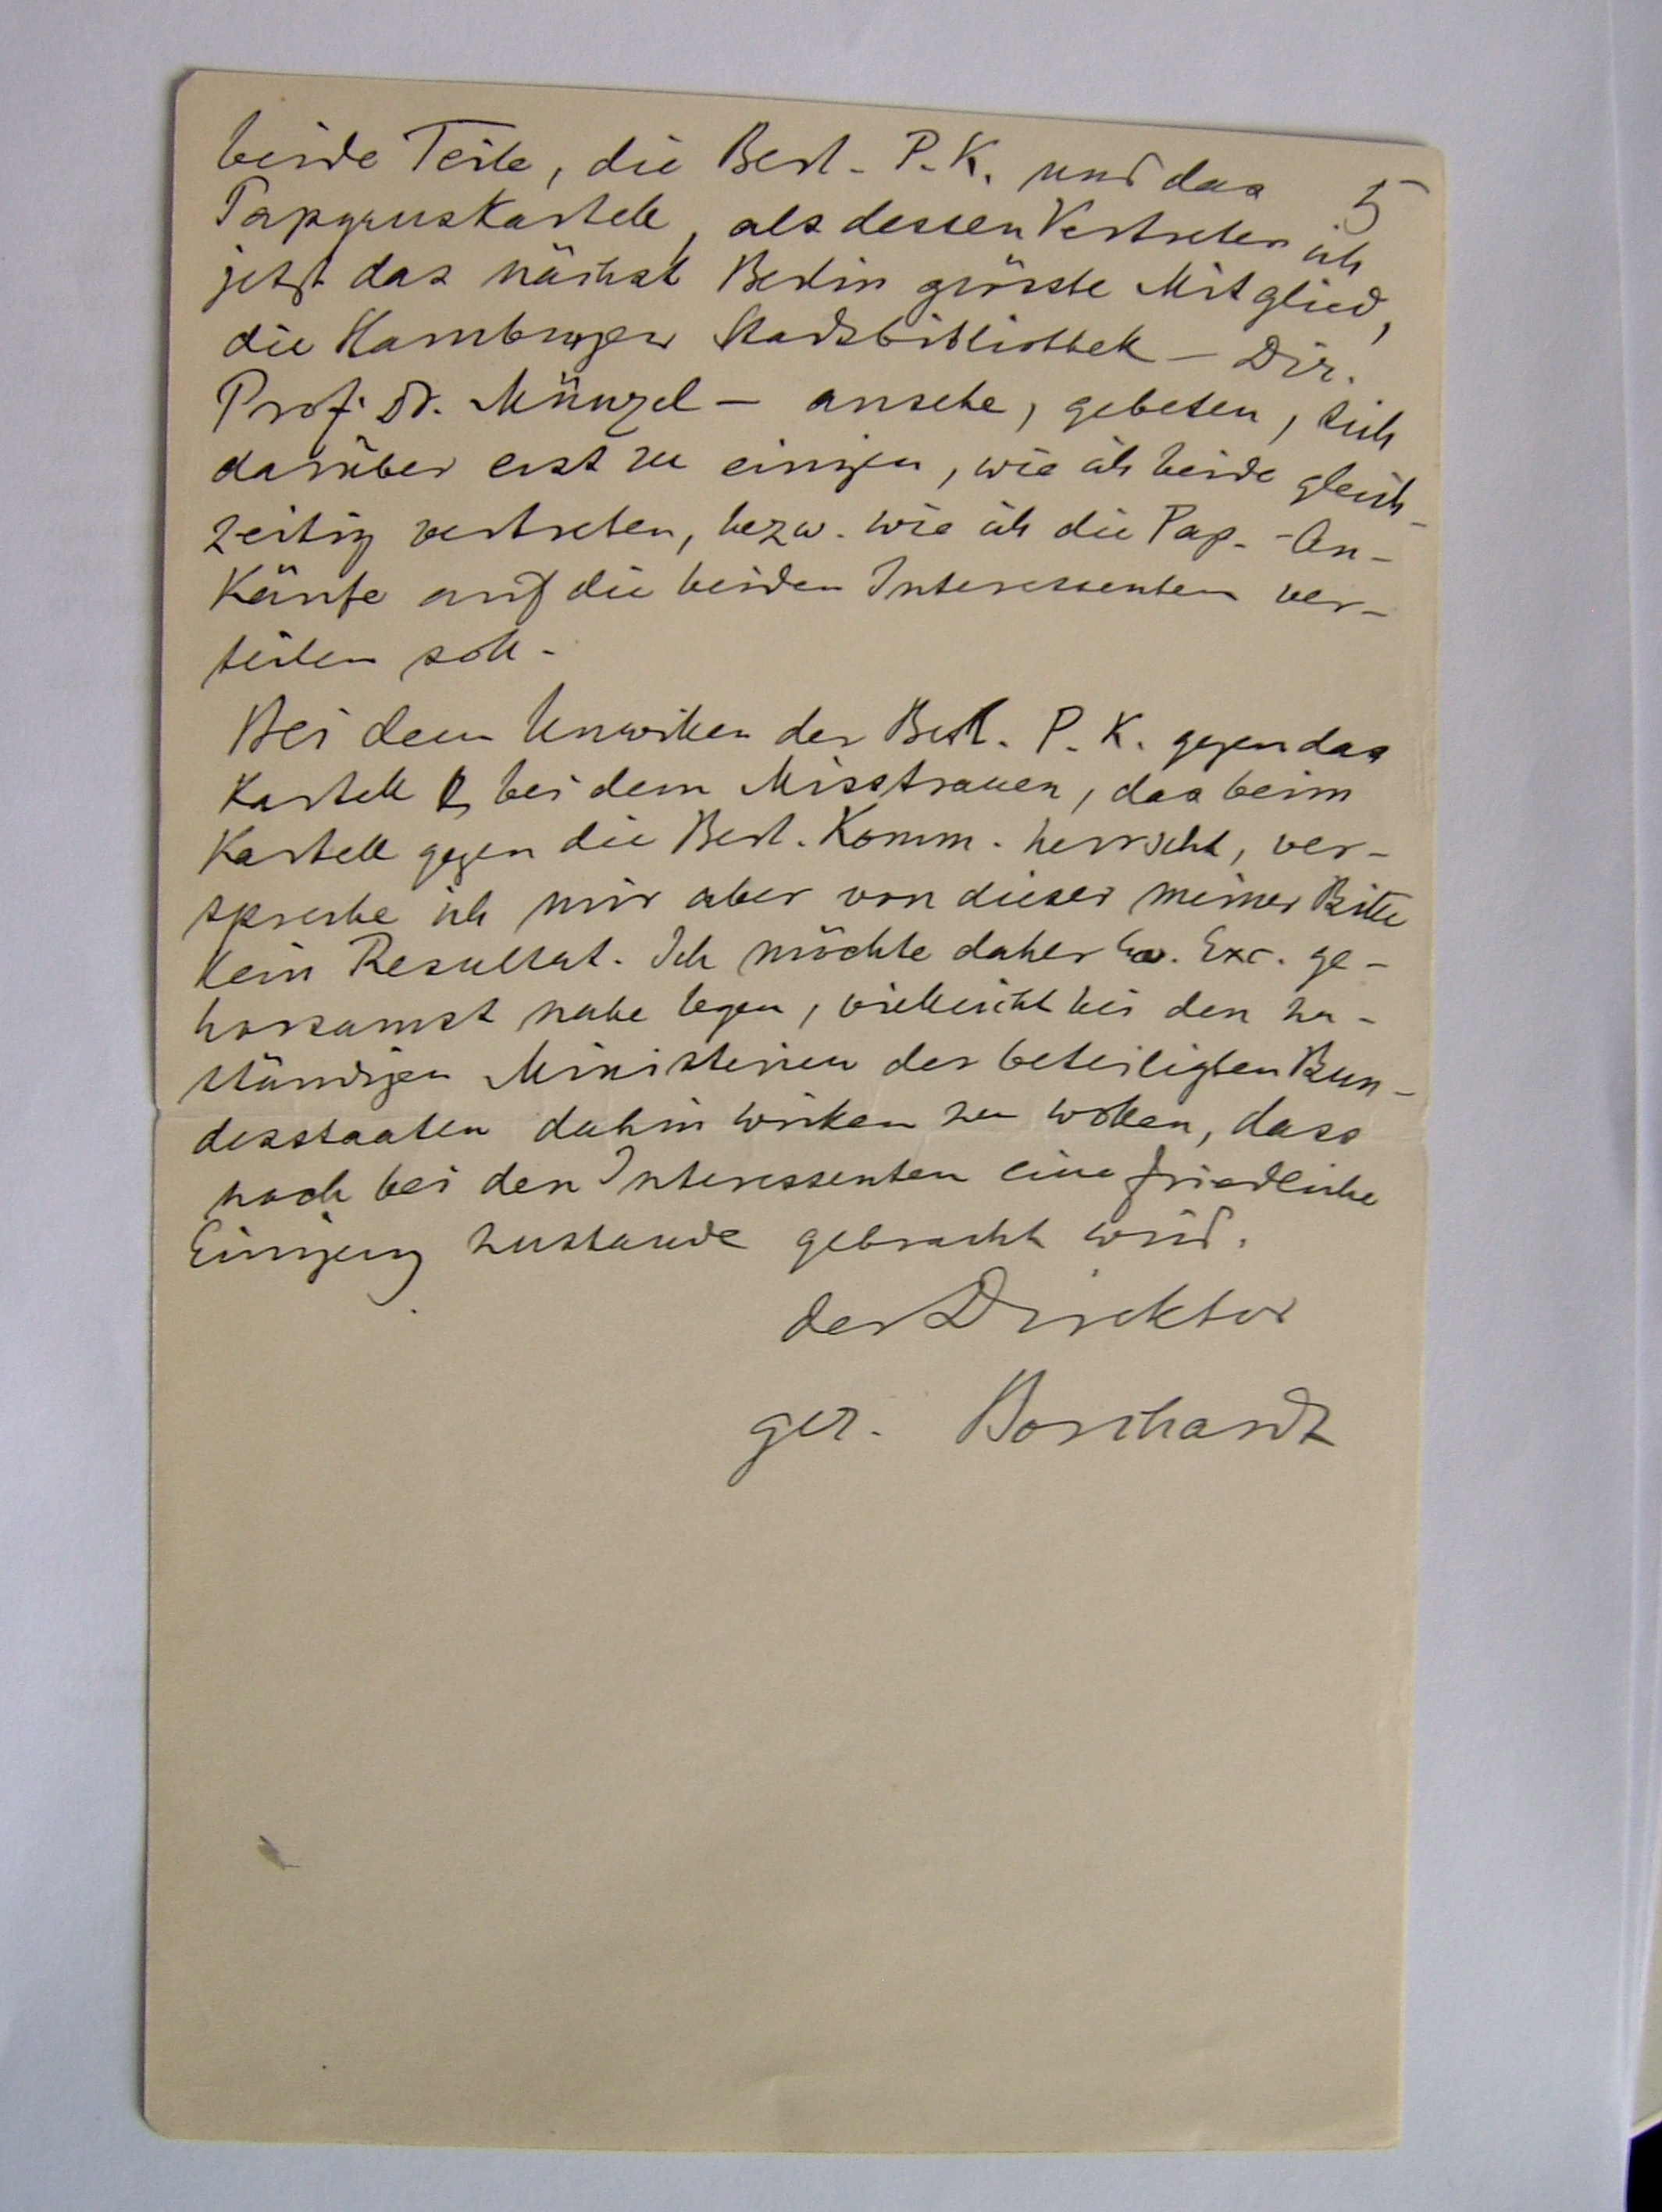
5
beide Teile, die Berl. P.K. und das
Papyruskartell, als dessen Vertreter ich
jetzt das nächst Berlin größte Mitglied,
die Hamburger Stadtbibliothek – Dr.
Prof. Dr. Münzel – ansehe, gebeten, sich
darüber erst zu einigen, wie ich beide gleich¬
zeitig vertreten bezw. wie ich die Pap.-An¬
käufe auf die beiden Interessenten ver¬
teilen soll.
Bei dem Unwillen der Berl. P.K. gegen das
KArtell & bei dem Misstrauen, das beim
Kartell gegen die Berl. Komm. herrscht, ver¬
spreche ich mir aber von dieser meiner Bitte
kein Resultat. Ich möchte daher Ew. Exc. ge¬
horsamst nahe legen, vielleicht bei den zu¬
ständigen Ministerien der beteiligten Bun¬
desstaaten dahin wirken zu wollen, dass
noch bei den Interessenten eine friedliche
Einigung zustande gebracht wird.
der Direktor
gez. Borchardt